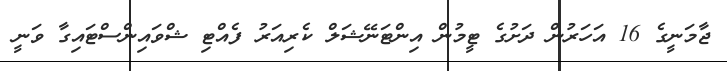
ޖާމަނީގެ 16 އަހަރުން ދަށުގެ ޓީމުން އިންޓަނޭޝަލް ކެރިއަރު ފެއްޓި ޝްވައިންސްޓައިގާ ވަނީ